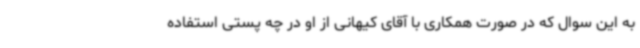
به این سوال که در صورت همکاری با آقای کیهانی از او در چه پستی استفاده